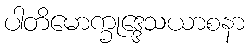
ပါတိမောက္ခုဒ္ဒေသယာစနာ